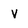
Character: V